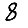
Digit: 8